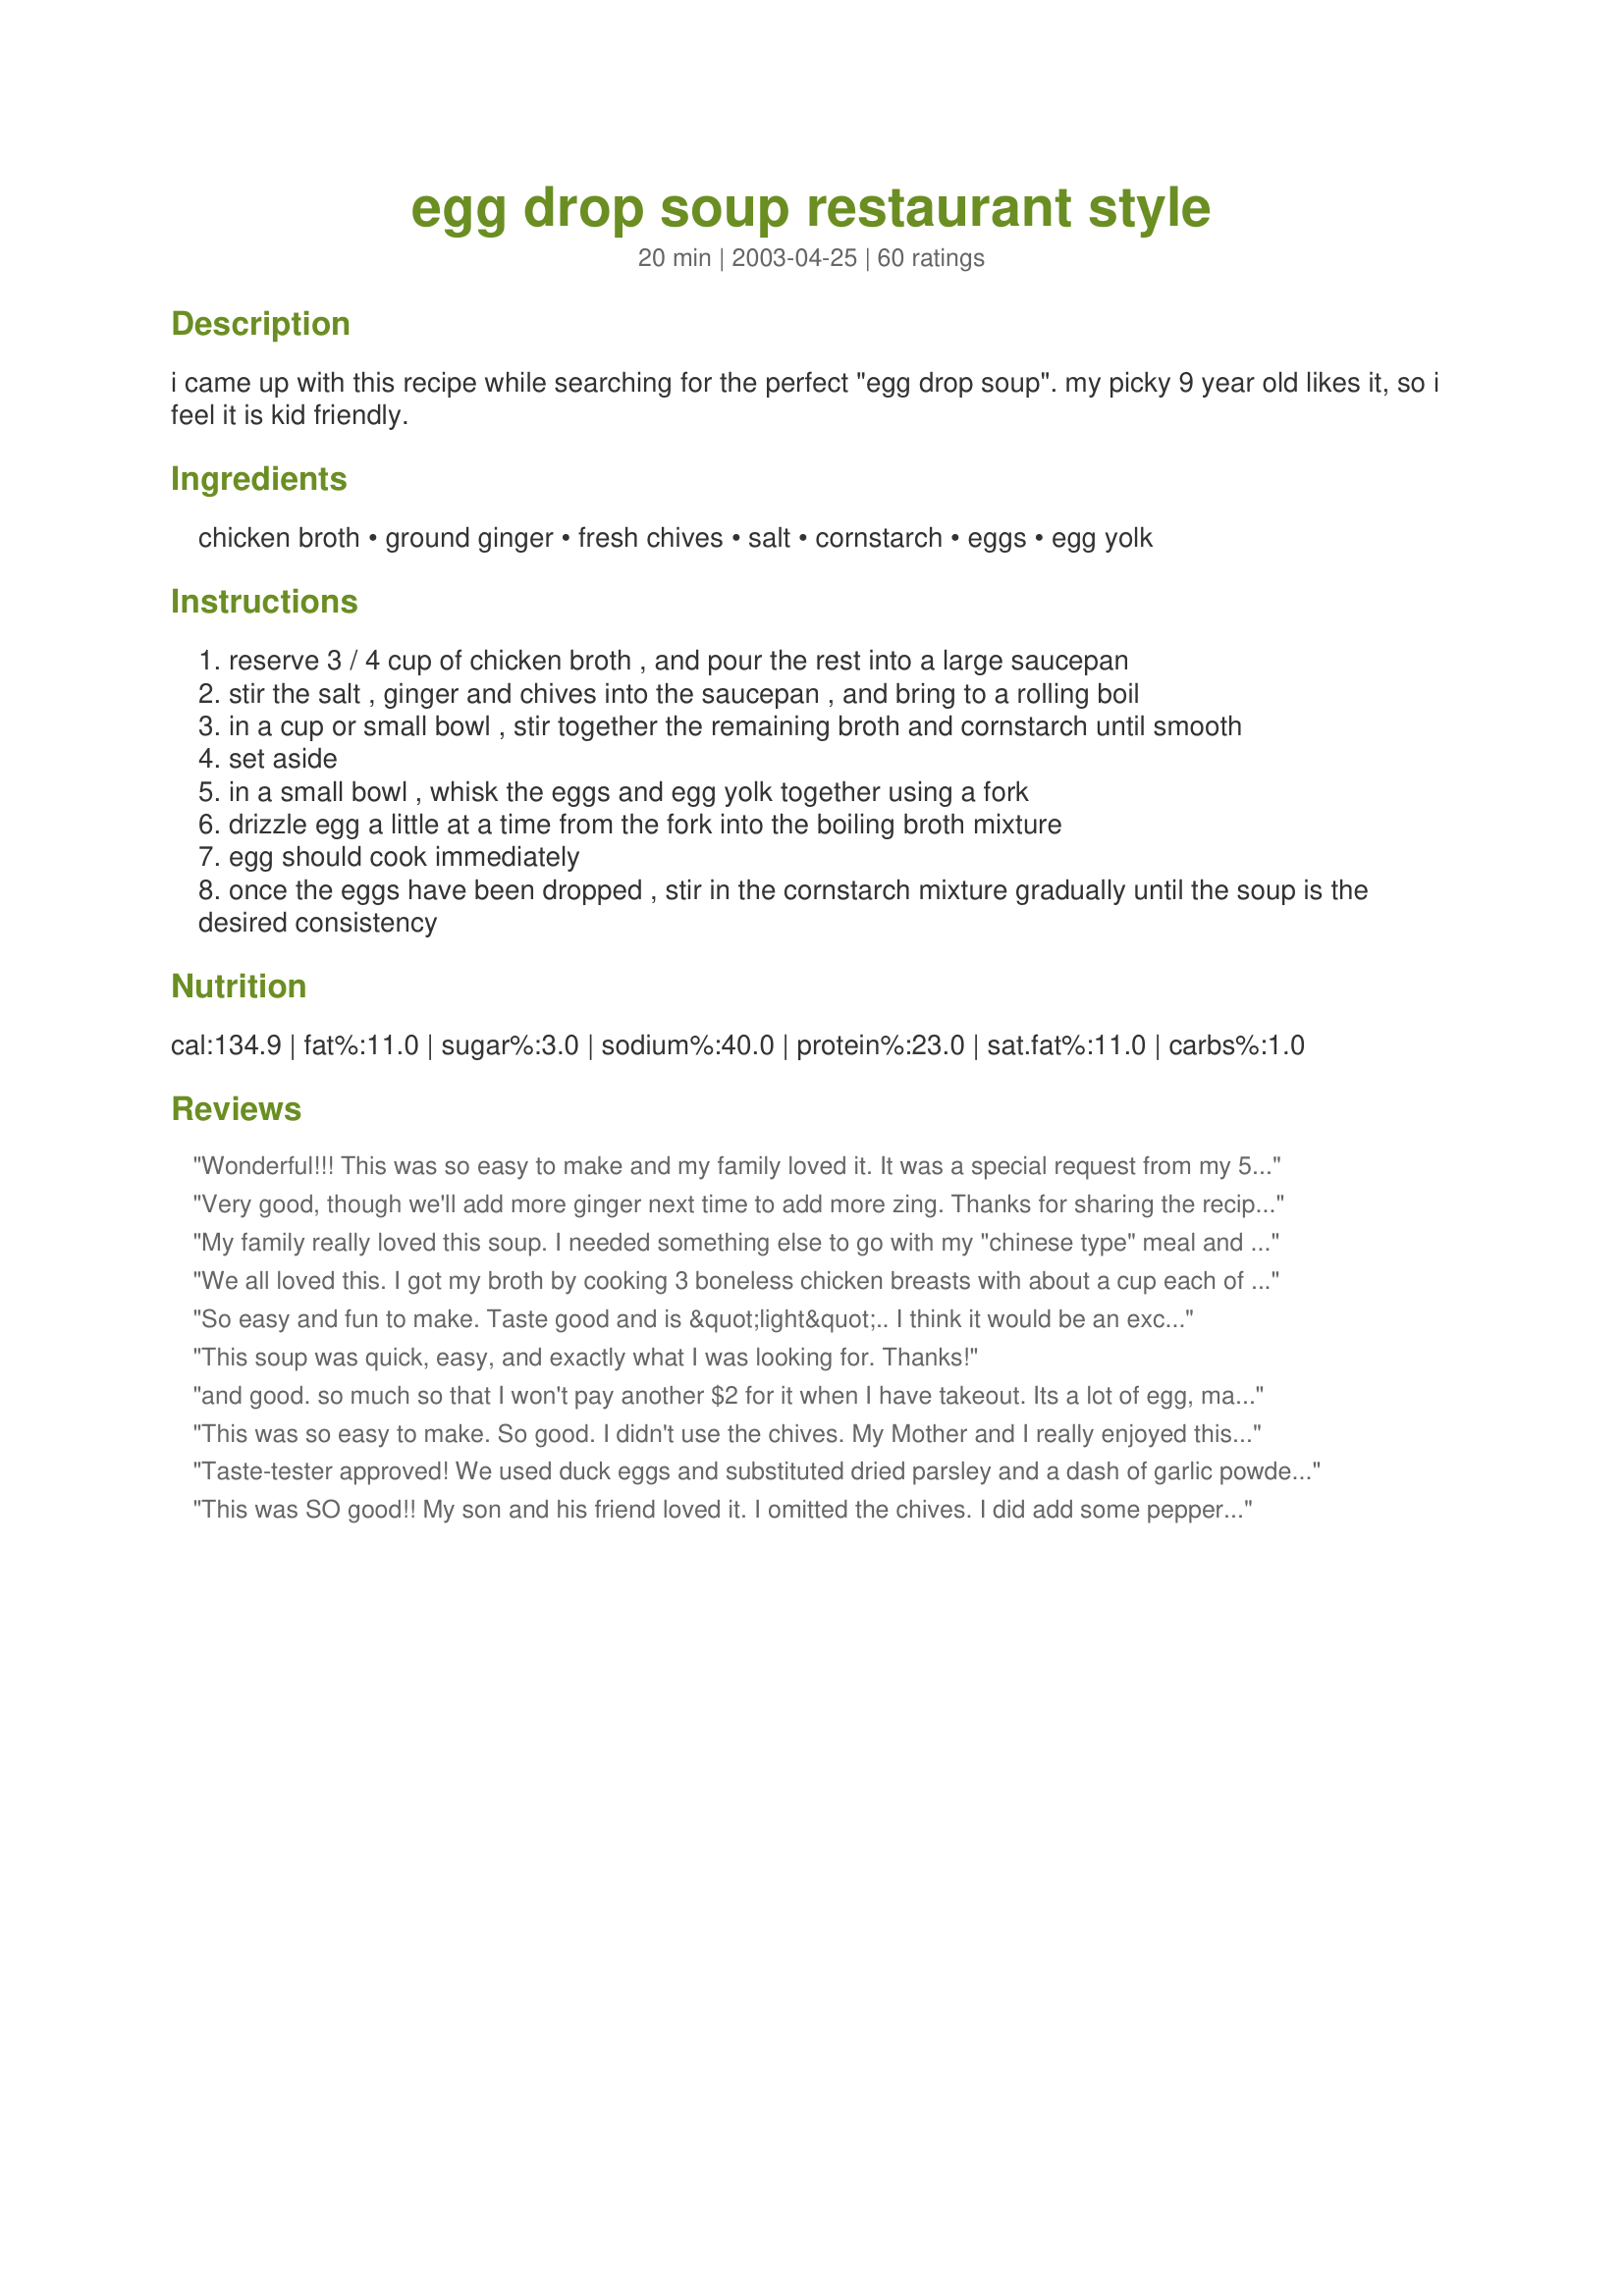
egg drop soup restaurant style
Preparation time: 20 minutes

i came up with this recipe while searching for the perfect "egg drop soup". my picky 9 year old likes it, so i feel it is kid friendly.

Ingredients:
chicken broth, ground ginger, fresh chives, salt, cornstarch, eggs, egg yolk

Steps:
reserve 3 / 4 cup of chicken broth , and pour the rest into a large saucepan
stir the salt , ginger and chives into the saucepan , and bring to a rolling boil
in a cup or small bowl , stir together the remaining broth and cornstarch until smooth
set aside
in a small bowl , whisk the eggs and egg yolk together using a fork
drizzle egg a little at a time from the fork into the boiling broth mixture
egg should cook immediately
once the eggs have been dropped , stir in the cornstarch mixture gradually until the soup is the desired consistency

Reviews:
Wonderful!!! This was so easy to make and my family loved it. It was a special request from my 5 yr. old and she said it was the best ever!
Very good, though we'll add more ginger next time to add more zing. Thanks for sharing the recipe - it's a keeper.
My family really loved this soup. I needed something else to go with my "chinese type" meal and this fit the bill perfectly. This is an easy soup to make and I will make this again and again. Thank you for sharing this with us.
We all loved this. I got my broth by cooking 3 boneless chicken breasts with about a cup each of celery, onion, and later carrots, then adding the chicken because we like meat, but this was a great basic recipe. Thanks Chippie!
So easy and fun to make. Taste good and is &quot;light&quot;.. I think it would be an excellent &quot;feel better&quot; soup.
This soup was quick, easy, and exactly what I was looking for. Thanks!
and good. so much so that I won't pay another $2 for it when I have takeout. Its a lot of egg, maybe a little too much<br/><br/>Read more: http://chinese.food.com/recipe/egg-drop-soup-restaurant-style-61070/review#ixzz1MFh69r8w
This was so easy to make. So good. I didn't use the chives. My Mother and I really enjoyed this soup. Thanks for posting such a great recipe.
Taste-tester approved! We used duck eggs and substituted dried parsley and a dash of garlic powder for the chives.
This was SO good!! My son and his friend loved it. I omitted the chives. I did add some pepper to my bowl. It was perfect. I will definitely make this again. Thank you for a great, easy recipe!
Wonderful Egg Drop Soup! I made a few adjustments: used vegetable broth instead of chicken broth and omitted the salt, but it tastes just like the restaurants:) thanks so much for a great recipe!
Great recipe! In place of the salt, I added a dash or two of soy sauce (I beat that in with the eggs) and used a couple of scallions in place of the chives. I think the sesame oil would be nice too if I had thought to add it and might add twice as much ginger next time. Thanks so much for sharing such a tasty, easy to make recipe.
Made a great lunch!
This is a really nice, warming soup that is simple in taste and easy to make. My 5 year old also loves this soup. I make this quite often and even add a little sambal oelek for a hot punch of flavor. Thank you for sharing.
Tried many different versions of egg drop soup, but this one is perfect..Thanks for the great recipe!
This was very simple and very easy to make. The flavor was great, I would love to make it again with homeade broth instead.

 Also my eggs were very small and turned my soup almost white, instead of being like in the photos. Im not sure what I did wrong there :O(
I notice that a number of people are using Xanthan Gum as a thickening agent. What I don’t like about it is that it’s a fermented starch that can cause digestive problems and get “grainy’ under certain circumstances. What I’ve used at home and in the restaurant, is a product called Ultra-Tex. It can be used hot or cold, and it has a much better consistency and evenness than Xanthan Gum.
Very simple, very easy to make, very taste. :) Thanks...
Easy & delicious!! Thank you!! DH & 6 year-old DS both loved it! I used green onion instead of chives, and only used 2 eggs. Thanks - we'll be making this again!!
I'm gluten free and this was awesome ! I had to use tapioca flour for the thickness. I added snow peas , a touch of sesame oil and some cooked clear Thai rice noodles. thank you ! I used to love won ton soup but cannot have any more. this makes up for it. even better. thank you !
This was good my grandkids love egg drop soup. I think I will cut back on amount of eggs next time
When my dear father was suffering from throat cancer two years ago this was the ONLY thing he could eat. I left out the green onions as he could not swallow them. I just found yours posted today but I have used this same recipe and it was both yummy and soothing especially for him. Great protein nurtrion for him also. Wanted to share that for anyone who may need easy recipes for a sick loved one that is also wonderful for those who are not! 

This recipe is VERY yummy and does taste ike the best rest. egg drop soup. 

 Thanks for posting it.
I'll throw in my praise for this recipe. We all enjoyed it so much, and egg drop soup is one of my family's favorites. Usually we get big quart containers from a local buffet, but this is just as good, maybe better! 

I added sesame oil like some of the others just because I love the stuff.

Thanks for a great recipe!
Chippie..an excellent soup! I used stock I made in my crockpot. It did not have to be kid-friendly and I added some sesame oil and finely chopped birdseye chilies when I served it..thanks!
Very easy to make and was a hit with the family. Will be making this one again. Thanks!
WOW!! This is a great recipe. I did add a few drops of yellow food coloring to it and it looked just like a restaurant version. I also added green onions chopped at the very end. Wonderful recipe. Thanks for sharing. I will never buy egg drop soup again!!
this was very simple and very good. Not the best but for a quick and easy soup it was very pleasing to the pallet. I will definately make it again but with some variations. thanks
This soup was so easy and quick to make! I used turkey broth and cut the recipe in half. I wish I hadn't! My husband and daughter came back asking for more! I will be making this often! Thanks Chippie!
This went together so fast and so easy. My 5 & 2 yr olds loved this. My 10 yr old took 1 bite and that was it. My husband said it had too much egg for him. 3 out of 5 isn't bad. I liked it too. Thanks so much for posting, I'll just make it for lunch for me & the little ones. Thanks Chippie!
What a great and easy recipe! We had leftover chinese food for dinner and I wanted something to make it fresh. This quick and tasty soup was perfect! Thanks Chippie!
Truly loved the simplicity of this recipe. The whole family loved this. I chose this recipe because of the ginger and was not disappointed, it brought a nice fresh flavor to the soup. I will use this recipe for years to come. Thanks for sharing it.
Ultra easy, ultra fast and super yummy. Ultra super to the max!
This is excellent. Served to my 2 young DD as posted but added sesame oil for Dave and myself. Very quick and easy to make. Great lunch. Thanks for posting.
I made this last night and I was very pleased with the result. I added some baby spinach and used 4 egg whites instead of whole eggs. Just right, and not gluey like many restaurant made egg drops are.

This will be a welcome addition to my rotation.
Yummy! I used scallions instead of chives and added a pinch of white pepper, too. For the ginger I just simmered the broth (extra salt omitted) with a fresh slice of ginger in the beginning and then removed it. I used about 1/2 teaspoon of toasted sesame oil, too. It's a rainy day here and this is a delicious comforting soup. Thanks!
This was my first time ever eating Egg Drop Soup. I loved it! So light, yet filling at the same time. I'll have to try it at a restaurant some time to see how it compares. I also enjoyed making this. It took a little patience when it came to the egg-drop part (not difficult, but a little time consuming), but I feel it made me enjoy the finished product that much more. I also love how simple the ingredients are. I love chives, so I used probably about double the amount listed. I will be making this again and again - thanks for a great recipe!
Very good, quick to prepare soup. I used commercially prepared chicken broth. It was very tasy and also a gentle soothing soup that would be perfect for anyone feeling a touch under the weather...
This is so simple to put together and the flavors were right on. Love this soup. Made exactly as directed. Thanks Chippie for a keeper
Delicious soup!! We live in a very rural area and just crave a good egg drop soup every now and then - this fits the bill and then some. So easy to make that DH helped! This will be our soup of choice with our Asian type meals. Also, our 1yr old inhaled this, and 5 & 6 yr olds really enjoyed it, too.
This soup was easy to throw together but wasn't the best we've ever had. We felt that it was really heavy on the eggs. I used dried green onion pieces as I didn't have fresh chives; I'm sure chives would have made it better though.
I have made this several times and failed to review or rate the recipe. The time has come the walrus said.......This is a wonderful soup. I had to use the billion cubes so I omitted the salt. I also cut back on the number of eggs as I only had two but it was fun watching them cook when they hit the hot broth. I am making this again tonight as I have a cold and it sounds so good. I'm adding shrimp, green onion and the last carrot(shredded). Thanks for a great recipe.
Scrumptuous! Due to lack of on-hand ingredients, I had to substitute scallions for chives. I also added some salad herbs from a bag and omitted the ginger. Ok, maybe I kind of made a different recipe, but I promise to do it your way soon! ;o)
Very good soup!! Everyone just loved it!! I'll be making this again:) Thanks for posting!!
4 stars because I like Egg Drop Soup (Tamago Toji) better.
Great recipe! Very easy! Couldn't believe there wasn't more to it...needs to be harder to be this delicious!
This was yummy and Ketogenic diet friendly as long as thickening is done with xanthan gum.
I made this for dinner tonight. Next time I may cut back the number of eggs, but other than that, it&#039;s an excellent recipe. It was easy to make and tasted delicious.
This is by far the best egg drop soup I have had!! Restaurants do not even compare to this!! It was very easy to make and delicious!!!
This soup was spectacular! More refreshing than even a restaurant because it's fresh and bright tasting. I had to use freeze dried chives because that's what I had on hand, and I omitted the extra salt as I figured the canned broth I used had plenty. This was a very simple and quick recipe, but I have one time to make it even easier. Use a glass 4C. measuring cup to whisk the eggs in, then just pour slowly into the broth and whisk to break the eggs up.
Easy and good. so much so that I won't pay another $2 for it when I have takeout. Its a lot of egg, maybe a little too much.
I've made this soup twice now so I guess I should review it! The first time I made it as written except that I just added 4 eggs, without the extra egg yolk. I use my own hens eggs and some have double yolks so it seemed like overkill to add an extra. The second time I added some leftover stir-fried, finely chopped baby bok choy. Also, I didn't use powdered ginger, I used about a 1-inch piece of fresh ginger, mashed down a bit and I added that to the broth in the beginning and let it steep a bit, then removed it at the end. We really liked this soup with the added veggie in it and I'll do that again for sure. Also, I added about 1/2 tsp. of white pepper, just because we like that in soups. We thought the amount of egg in this was perfect and made for a really satisfying lunch on a chilly gloomy day. Thanks so much for sharing this recipe Chippie!
Very good...I added a touch of chinese style mustard to my bowl and DH added soy sauce...I also added some beef ravioli to stand in for won tons. Good soup, I'll enjoy the leftovers for lunch :)
This soup was very simple but very rich. I thought the amount of eggs seemed a little high but after preparing the soup, i can see that the amount of eggs brings a very nice richness to this soup. In addition to completing an Asian themed meal, it would be great for those under the weather....wonderful!!
I have made this a few times. I use a chicken base (paste), &amp; I do add in chopped scallions. My family loves it &amp; now asks, when I will be making it again.
This recipe was very simple and decent. However, the chicken broth was not the right consistency and I do not think it was seasoned enough. The recipe was very easy to make though and I think with some tweaking it could be a 5 star.
I made this soup using some leftover chicken broth that I had in the freezer. This was very easy to put together. Dropping the egg by using a fork worked great and was a lot easier to do than I thought it would be. This soup is very close to what I have had in restaurants and tasted so good. I'll sure be making this again. Thank you Chippie!
Well this was a HUGE success! DH said it's the best he's ever had and ate 4 bowls! :) I think 2 eggs would have been plenty (I used 2). I used homemade chicken stock that had some soy sauce in it, and DH really loved that flavor in there as well. Thanks for the awesome recipe! I have a feeling I'll be making this again!!!
This was my first attempt to make egg drop soup. I didn't know it could be so easy and yes, it was very good! Thanks for your recipe!
Yummy, easy to make Egg Drop Soup. My DH who loves egg drop soup said this is VERY VERY good. I made it just as stated using canned chicken broth. Thank you very much for posting this easy to make recipe.
This was very yummy. I made it using water and bullion, and then left out the salt as it was plenty salty from the bullion. I also left out the chives because I don't personally care for them. Also, being under the weather, I didn't particularly feel like separating the egg, so I just used 4 whole ones, which was plenty. I will definitely make this again!
